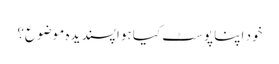
خود اپنا پوسٹ کیا ہوا پسندیدہ موضوع؟